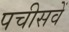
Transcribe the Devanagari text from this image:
पचीसवें